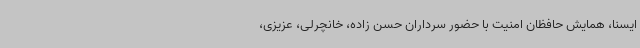
ایسنا، همایش حافظان امنیت با حضور سرداران حسن زاده، خانچرلی، عزیزی،